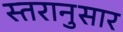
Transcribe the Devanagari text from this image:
स्तरानुसार